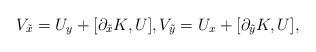
LaTeX: \begin{align*}V_{\tilde x}=U_y+[\partial_{\tilde x} K,U],V_{\tilde y}=U_x+[\partial_{\tilde y} K,U],\end{align*}